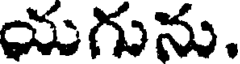
యగును.